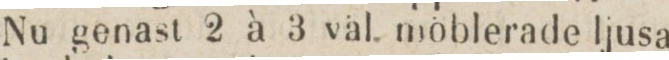
Nu genast 2 à 3 väl. möblerade ljusa